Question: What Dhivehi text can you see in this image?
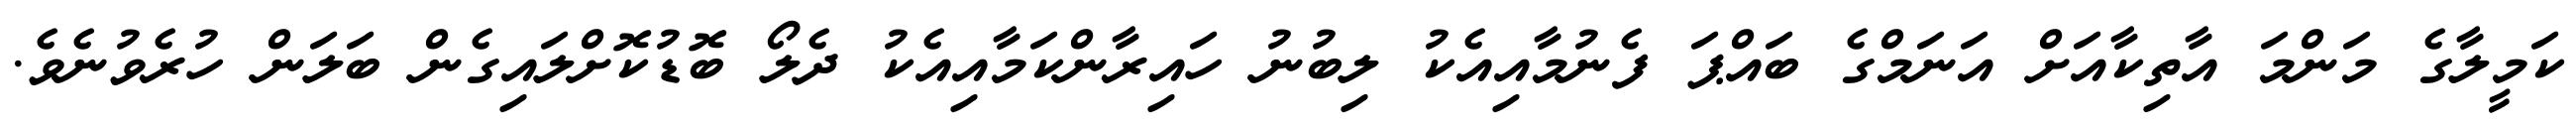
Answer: ކަމީލާގެ މަންމަ އާތިކާއަށް އަނަމްގެ ބައްޕަ ފެނުމާއިއެކު ލިބުނު ހައިރާންކަމާއިއެކު ދެލޯ ބޮޑުކޮށްލައިގެން ބަލަން ހުރެވުނެވެ.